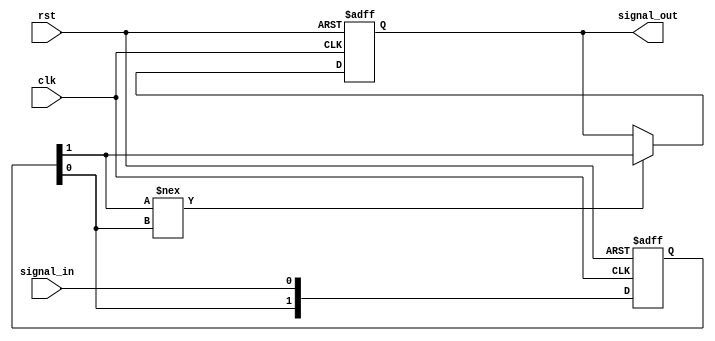
module Delay #(parameter DELAY_TIME = 10) (
    input wire clk,          // Clock signal
    input wire rst,          // Reset signal
    input wire signal_in,    // Input signal
    output reg signal_out    // Delayed output signal
);

    // Internal variable to hold the delayed signal
    reg [1:0] signal_buffer; // Buffer to hold the delayed signal

    // Always block to handle the input signal changes
    always @(posedge clk or posedge rst) begin
        if (rst) begin
            signal_out <= 1'b0; // Reset output signal
            signal_buffer <= 2'b00; // Reset buffer
        end else begin
            // Shift the buffer and introduce delay
            signal_buffer <= {signal_buffer[0], signal_in};
            // After DELAY_TIME clock cycles, update the output
            if (signal_buffer[1] !== signal_buffer[0]) begin
                signal_out <= signal_buffer[1]; // Update output after delay
            end
        end
    end

endmodule